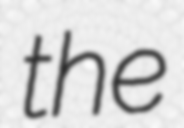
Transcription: the